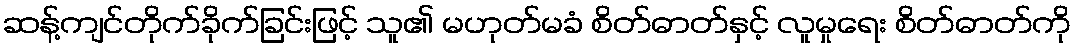
ဆန့်ကျင်တိုက်ခိုက်ခြင်းဖြင့် သူ၏ မဟုတ်မခံ စိတ်ဓာတ်နှင့် လူမှုရေး စိတ်ဓာတ်ကို